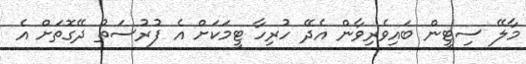
މާލޭ ސިޓީން ބައިވެރިވާން އެދޭ ހުރިހާ ޓީމަކަށް އެ ފުރުސަތު ދޭގޮތަށް އެ